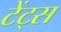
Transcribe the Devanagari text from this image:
टेंट्स